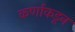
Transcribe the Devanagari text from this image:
कर्णाकडून